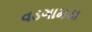
વડગામડા